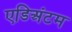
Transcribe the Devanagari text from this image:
एडिअंटम